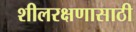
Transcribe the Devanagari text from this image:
शीलरक्षणासाठी